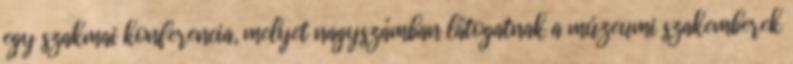
egy szakmai konferencia, melyet nagyszámban látogatnak a múzeumi szakemberek